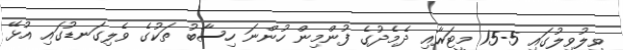
ވިލުވިލުގައި 5-15 މީޓަރާއި ދެމެދުގެ ފުންމިން ހުންނަ ހިސާބު ތަކުގެ ވެލިގަނޑުގައި އުޅޭ